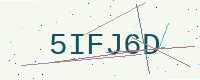
Text: 5IFJ6D